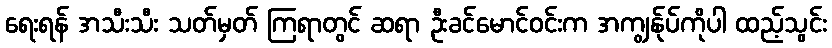
ရေးရန် အသီးသီး သတ်မှတ် ကြရာတွင် ဆရာ ဦးခင်မောင်ဝင်းက အကျွန်ုပ်ကိုပါ ထည့်သွင်း